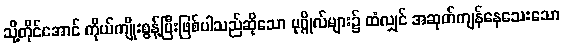
သို့တိုင်အောင် ကိုယ်ကျိုးစွန့်ပြီးဖြစ်ပါသည်ဆိုသော ပုဂ္ဂိုလ်များ၌ ထံလျှင် အဆုတ်ကျန်နေသေးသော